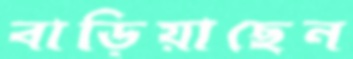
বাড়িয়াছেন